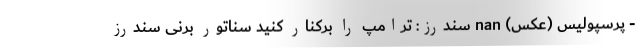
- پرسپولیس (عکس) nan سندرز: ترامپ را برکنار کنید سناتور برنی سندرز